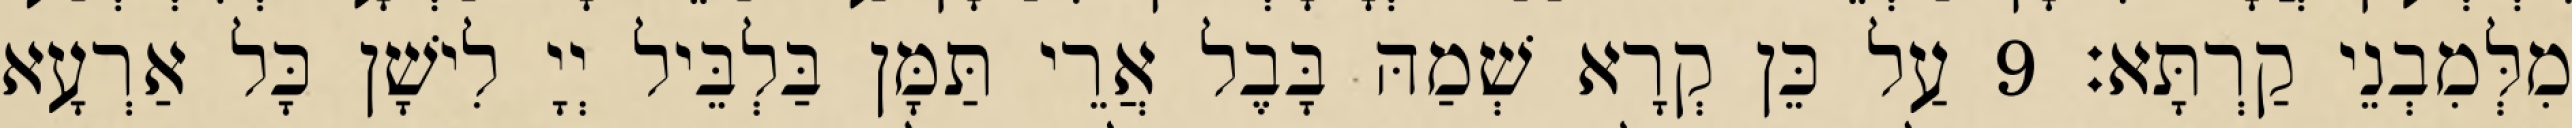
מִלְּמִבְנֵי קַרְתָּא׃ 9 עַל כֵּן קְרָא שְׁמַהּ בָּבֶל אֲרֵי תַּמָּן בַּלְבֵּיל יְיָ לִישָׁן כָּל אַרְעָא